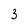
Character: 3